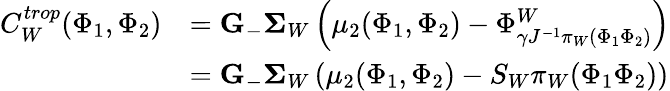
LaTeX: \begin{array}{rl}{C_{W}^{trop}(\Phi_{1},\Phi_{2})}&{={\mathbf G}_{-}{\mathbf\Sigma}_{W}\left(\mu_{2}(\Phi_{1},\Phi_{2})-\Phi_{{\gamma}J^{-1}\pi_{W}(\Phi_{1}\Phi_{2})}^{W}\right)}\\ &{={\mathbf G}_{-}{\mathbf\Sigma}_{W}\left(\mu_{2}(\Phi_{1},\Phi_{2})-S_{W}\pi_{W}(\Phi_{1}\Phi_{2})\right)}\end{array}